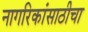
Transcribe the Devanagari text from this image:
नागरिकांसाठीचा